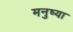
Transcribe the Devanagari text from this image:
मनुष्या